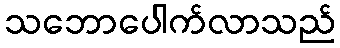
သဘောပေါက်လာသည်